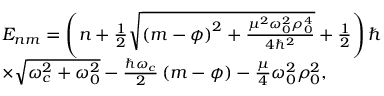
\begin{array} { r l } & { { E } _ { n m } = \left( n + \frac { 1 } { 2 } \sqrt { \left( m - \phi \right) ^ { 2 } + \frac { \mu ^ { 2 } \omega _ { 0 } ^ { 2 } \rho _ { 0 } ^ { 4 } } { 4 \hbar ^ { 2 } } } + \frac { 1 } { 2 } \right) \hbar } \\ & { \times \sqrt { \omega _ { c } ^ { 2 } + \omega _ { 0 } ^ { 2 } } - \frac { \hbar \omega _ { c } } { 2 } \left( m - \phi \right) - \frac { \mu } { 4 } \omega _ { 0 } ^ { 2 } \rho _ { 0 } ^ { 2 } , } \end{array}